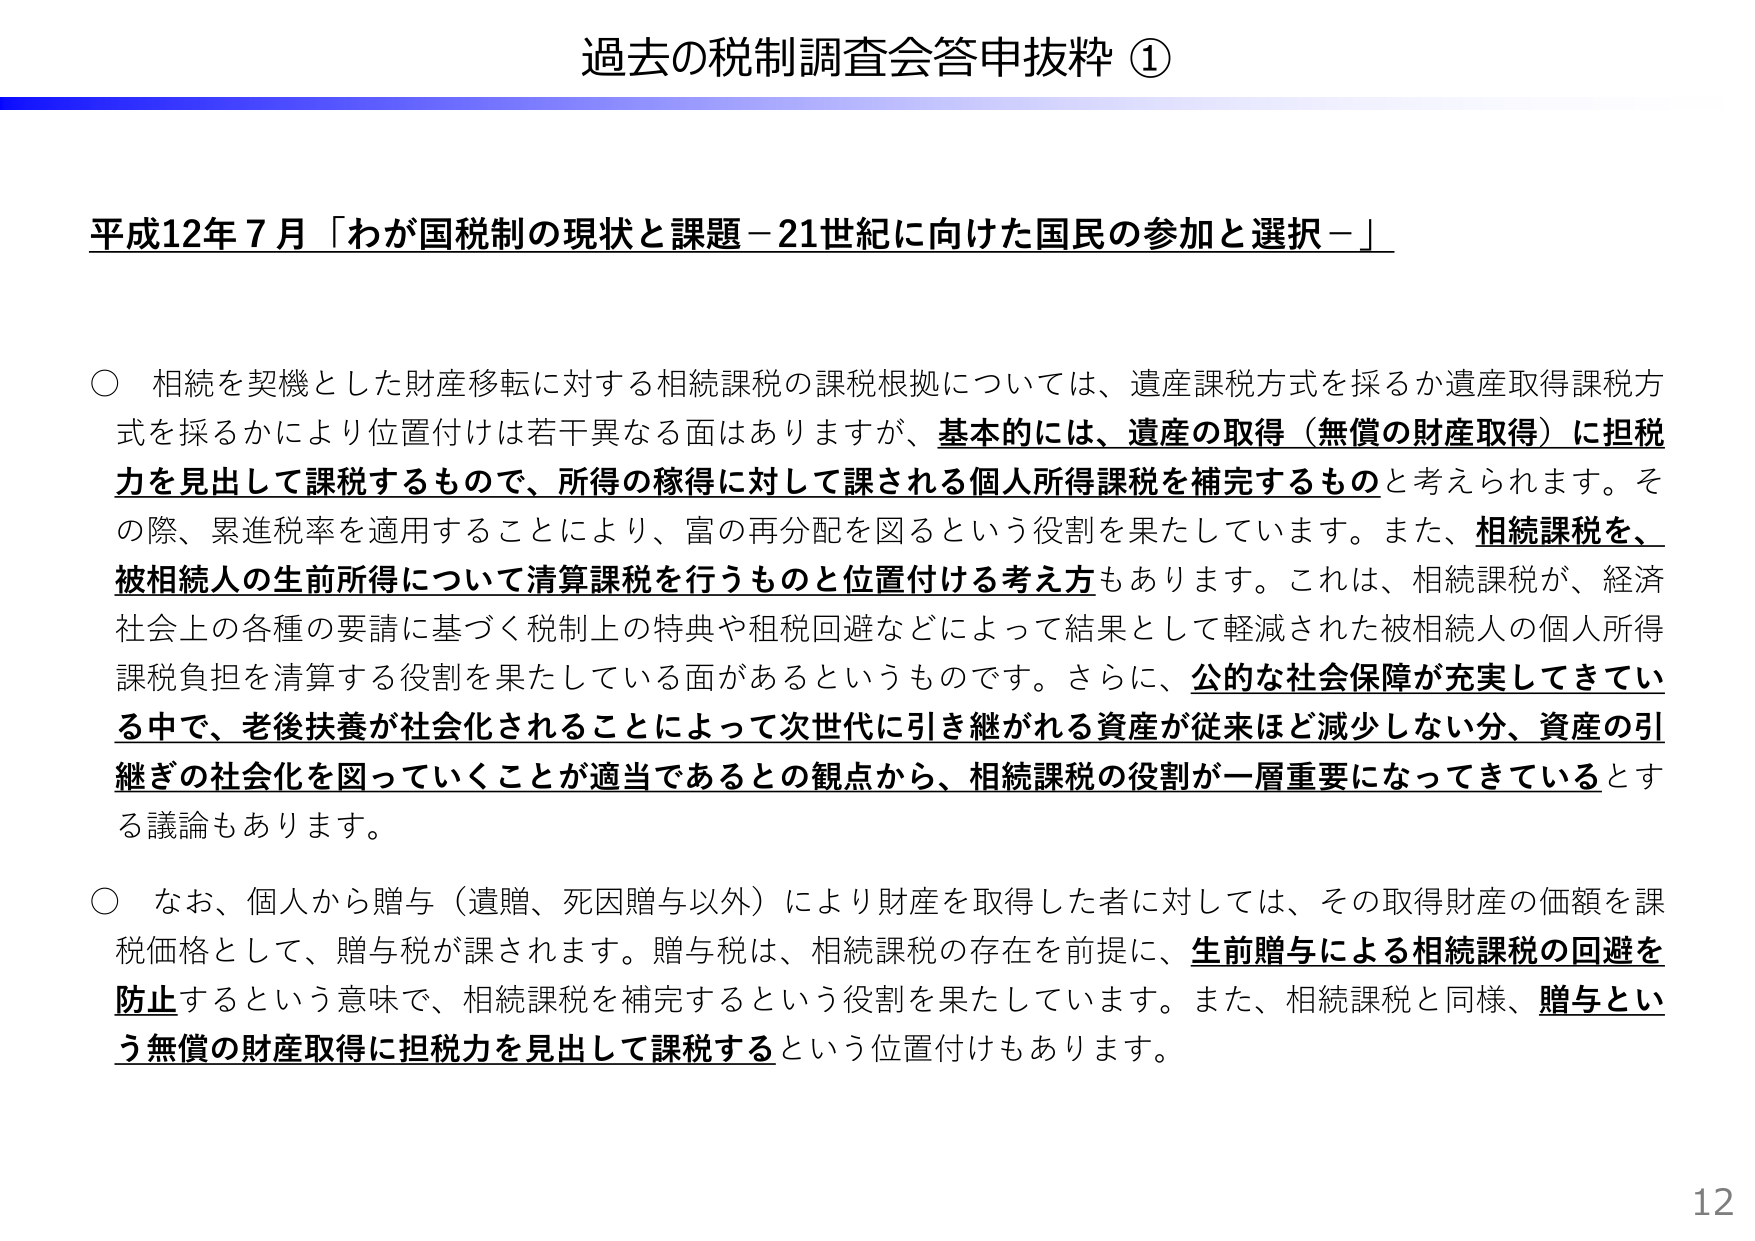
過去の税制調査会答申抜粋 ①

平成12年7月「わが国税制の現状と課題－21世紀に向けた国民の参加と選択－」

○ 相続を契機とした財産移転に対する相続課税の課税根拠については、遺産課税方式を採るか遺産取得課税方式を採るかにより位置付けは若干異なる面がありますが、基本的には、遺産の取得（無償の財産取得）に担税力を見出して課税するもので、所得の稼得に対して課される個人所得課税を補完するものと考えられます。その際、累進税率を適用することにより、富の再分配を図るという役割を果たしています。また、相続課税を、被相続人の生前所得について清算課税を行うものと位置付ける考え方もあります。これは、相続課税が、経済社会上の各種の要請に基づく税制上の特典や租税回避などによって結果として軽減された被相続人の個人所得課税負担を清算する役割を果たしている面があるというものです。さらに、公的な社会保障が充実してきている中で、老後扶養が社会化されることによって次世代に引き継がれる資産が従来ほど減少しない分、資産の引継ぎの社会化を図っていくことが適当であるとの観点から、相続課税の役割が一層重要になってきているとする議論もあります。

○ なお、個人から贈与（遺贈、死因贈与以外）により財産を取得した者に対しては、その取得財産の価額を課税価格として、贈与税が課されます。贈与税は、相続課税の存在を前提に、生前贈与による相続課税の回避を防止するという意味で、相続課税を補完するという役割を果たしています。また、相続課税と同様、贈与という無償の財産取得に担税力を見出して課税するという位置付けもあります。

12